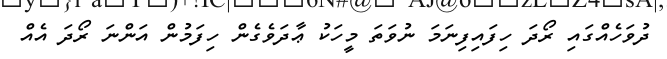
ދުވަހެއްގައި ރޯދަ ހިފައިފިނަމަ ނުވަތަ މީހަކު ޢާދަވެގެން ހިފަމުން އަންނަ ރޯދަ އެއް